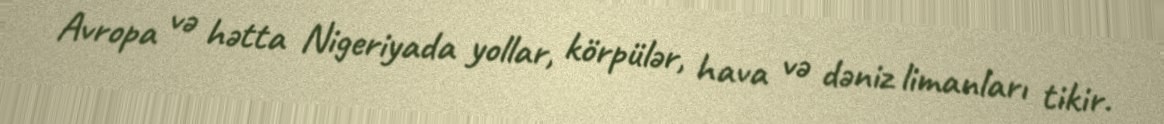
Avropa və hətta Nigeriyada yollar, körpülər, hava və dəniz limanları tikir.